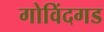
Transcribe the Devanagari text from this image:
गोविंदगड